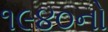
૧૯૪૦નો